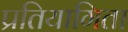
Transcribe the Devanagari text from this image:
प्रतियागिता